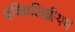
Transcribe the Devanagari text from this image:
इक्विलिब्रीयम